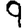
Digit: 9